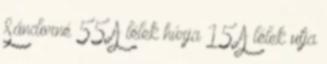
Sándorné 55 A lélek húrja 15 A lélek utja